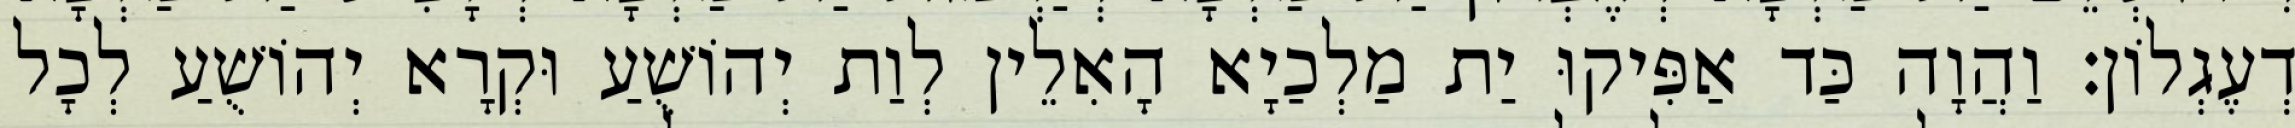
דְעֶגְלוֹן׃ וַהֲוָה כַּד אַפִּיקוּ יַת מַלְכַיָא הָאִלֵין לְוַת יְהוֹשֻׁעַ וּקְרָא יְהוֹשֻׁעַ לְכָל